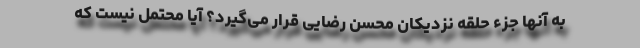
به آنها جزء حلقه نزدیکان محسن رضایی قرار می‌گیرد؟ آیا محتمل نیست که